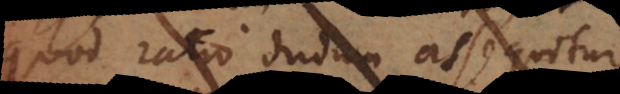
quod ratio dudum assequitur,